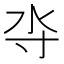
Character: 𰛋